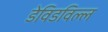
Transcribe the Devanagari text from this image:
डेविडविल्ल